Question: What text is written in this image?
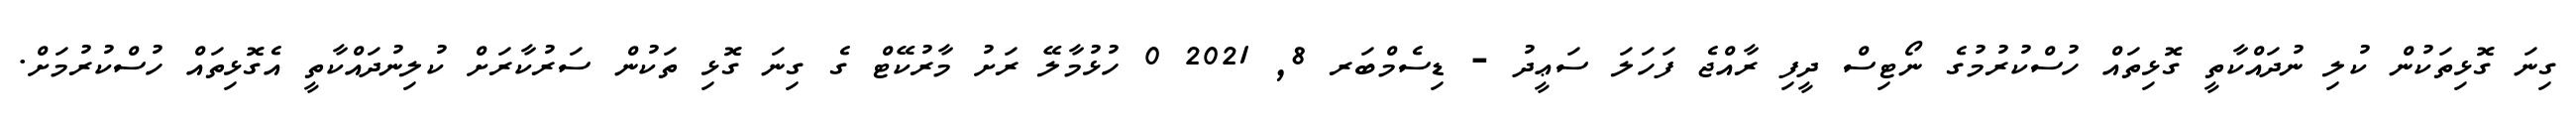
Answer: ގިނަ ގޮޅިތަކުން ކުލި ނުދައްކާތީ ގޮޅިތައް ހުސްކުރުމުގެ ނޯޓިސް ދީފި ރާއްޖެ ފަހަލަ ސަޢީދު - ޑިސެމްބަރ 8, 2021 0 ހުޅުމާލޭ ރަށު މާރުކޭޓް ގެ ގިނަ ގޮޅި ތަކުން ސަރުކާރަށް ކުލިނުދައްކާތީ އެގޮޅިތައް ހުސްކުރުމަށް.